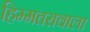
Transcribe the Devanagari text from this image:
हिम्मतरावाला